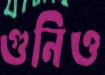
গুনিও